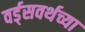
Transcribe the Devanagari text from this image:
वर्ड्‌सवर्थच्या